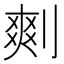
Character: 𠞮